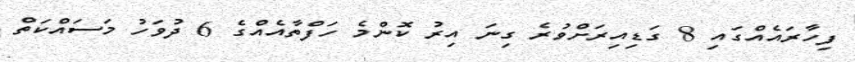
ފިހާރައެއްގައި 8 ގަޑިއިރަށްވުރެ ގިނަ އިރު ކޮންމެ ހަފްތާއެއްގެ 6 ދުވަހު މަސައްކަތް